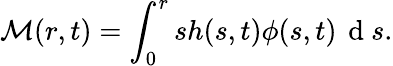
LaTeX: \mathcal{M}(r,t)=\int_{0}^{r}sh(s,t)\phi(s,t)\, \mathrm{~d~}s.